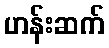
ဟန်းဆက်